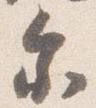
参